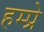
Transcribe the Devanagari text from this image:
हम्प्रे